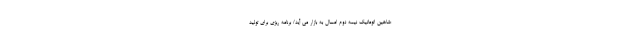
:شاهین اتوماتیک نیمه دوم امسال به بازار می آید/ برنامه ریزی برای تولید